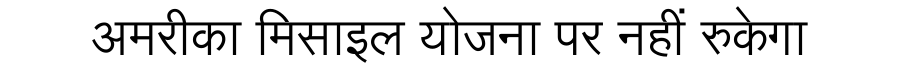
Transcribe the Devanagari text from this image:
अमरीका मिसाइल योजना पर नहीं रुकेगा